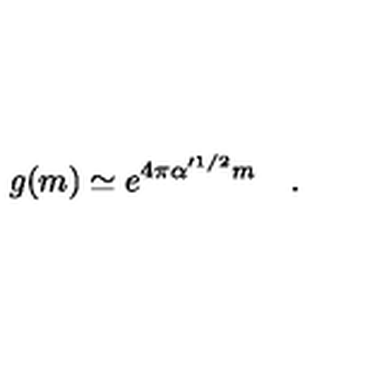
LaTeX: g ( m ) \simeq e ^ { 4 \pi \alpha ^ { \prime 1 / 2 } m } \quad .